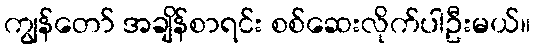
ကျွန်တော် အချိန်စာရင်း စစ်ဆေးလိုက်ပါဦးမယ်။